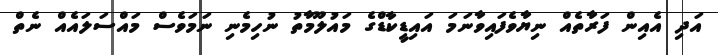
އަދި އެއިން ފަރާތެއް ނިޔާވެފައިވާނަމަ އައިޑީކާޑްގެ މައުލޫމާތު ނުހިމެނި ނަމަވެސް މައްސަލައެއް ނެތް